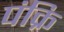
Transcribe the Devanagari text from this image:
पंक्रि